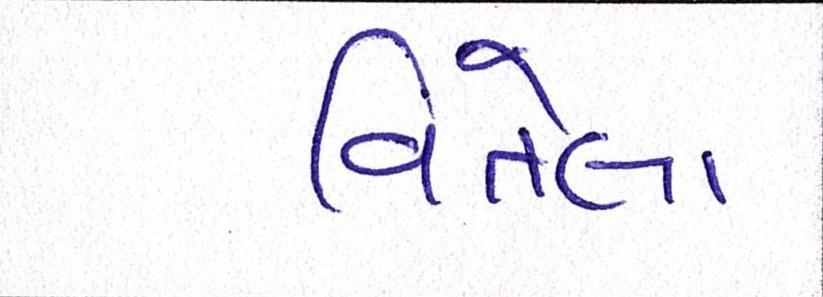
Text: વિતેલા